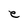
Character: e